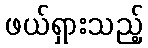
ဖယ်ရှားသည့်